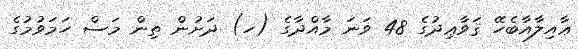
ޢާއިލާއާބެހޭ ޤަވާޢިދުގެ 48 ވަނަ މާއްދާގެ (ހ) ދަށުން ތިން މަސް ހަމަވުމުގެ